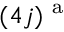
( 4 j ) ^ { \mathrm { ~ a ~ } }